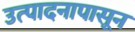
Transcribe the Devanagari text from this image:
उत्पादनापासून